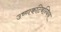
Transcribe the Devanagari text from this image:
उष्णकटिबन्धिय